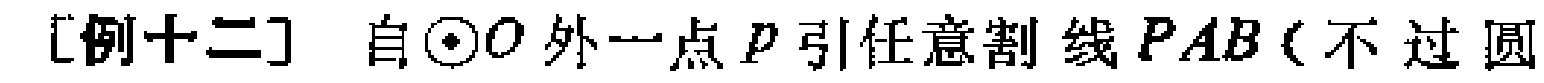
[例十二] 自$\odot O$外一点$P$引任意割线$PAB$（不过圆